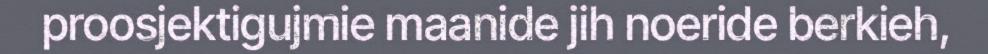
proosjektigujmie maanide jih noeride berkieh,